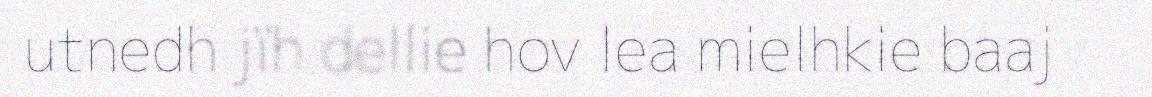
utnedh jïh dellie hov lea mielhkie baaj